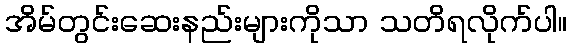
အိမ်တွင်းဆေးနည်းများကိုသာ သတိရလိုက်ပါ။